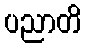
ပညာတိ